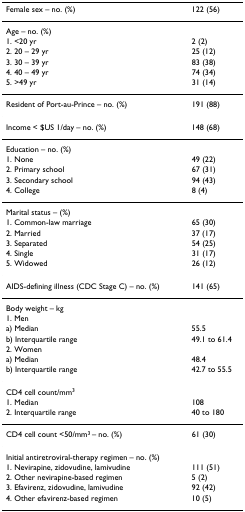
<table><thead><tr><td><b>Female sex – no. (%)</b></td><td><b>122 (56)</b></td></tr></thead><tbody><tr><td>Age – no. (%)</td><td></td></tr><tr><td>1. &lt;20 yr</td><td>2 (2)</td></tr><tr><td>2. 20 – 29 yr</td><td>25 (12)</td></tr><tr><td>3. 30 – 39 yr</td><td>83 (38)</td></tr><tr><td>4. 40 – 49 yr</td><td>74 (34)</td></tr><tr><td>5. &gt;49 yr</td><td>31 (14)</td></tr><tr><td>Resident of Port-au-Prince – no. (%)</td><td>191 (88)</td></tr><tr><td>Income &lt; $US 1/day – no. (%)</td><td>148 (68)</td></tr><tr><td>Education – no. (%)</td><td></td></tr><tr><td>1. None</td><td>49 (22)</td></tr><tr><td>2. Primary school</td><td>67 (31)</td></tr><tr><td>3. Secondary school</td><td>94 (43)</td></tr><tr><td>4. College</td><td>8 (4)</td></tr><tr><td>Marital status – (%)</td><td></td></tr><tr><td>1. Common-law marriage</td><td>65 (30)</td></tr><tr><td>2. Married</td><td>37 (17)</td></tr><tr><td>3. Separated</td><td>54 (25)</td></tr><tr><td>4. Single</td><td>31 (17)</td></tr><tr><td>5. Widowed</td><td>26 (12)</td></tr><tr><td>AIDS-defining illness (CDC Stage C) – no. (%)</td><td>141 (65)</td></tr><tr><td>Body weight – kg</td><td></td></tr><tr><td>1. Men</td><td></td></tr><tr><td>a) Median</td><td>55.5</td></tr><tr><td>b) Interquartile range</td><td>49.1 to 61.4</td></tr><tr><td>2. Women</td><td></td></tr><tr><td>a) Median</td><td>48.4</td></tr><tr><td>b) Interquartile range</td><td>42.7 to 55.5</td></tr><tr><td>CD4 cell count/mm<sup>3</sup></td><td></td></tr><tr><td>1. Median</td><td>108</td></tr><tr><td>2. Interquartile range</td><td>40 to 180</td></tr><tr><td>CD4 cell count &lt;50/mm<sup>3 </sup>– no. (%)</td><td>61 (30)</td></tr><tr><td>Initial antiretroviral-therapy regimen – no. (%)</td><td></td></tr><tr><td>1. Nevirapine, zidovudine, lamivudine</td><td>111 (51)</td></tr><tr><td>2. Other nevirapine-based regimen</td><td>5 (2)</td></tr><tr><td>3. Efavirenz, zidovudine, lamivudine</td><td>92 (42)</td></tr><tr><td>4. Other efavirenz-based regimen</td><td>10 (5)</td></tr></tbody></table>